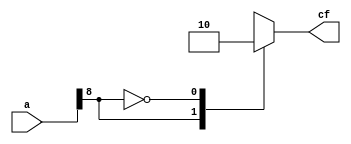
`timescale 1ns / 1ps
module carry(cf,a);
output cf;
reg cf;
input [8:0] a;
parameter one=1;
parameter zero=0;
always@(a)
case(a[8])
one:cf=1;
zero:cf=0;
endcase
endmodule